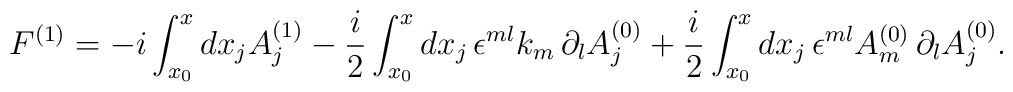
F^{(1)} = - i \int_{x_0}^x dx_j A^{(1)}_j - \frac{i}{2} \int_{x_0}^x dx_j\, \epsilon^{ml} k_m \,\partial_l A^{(0)}_j + \frac{i}{2} \int_{x_0}^x dx_j\, \epsilon^{ml}  A^{(0)}_m \,\partial_l A^{(0)}_j.